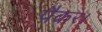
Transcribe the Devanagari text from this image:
पैकर।